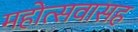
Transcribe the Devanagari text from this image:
महोत्सवासह